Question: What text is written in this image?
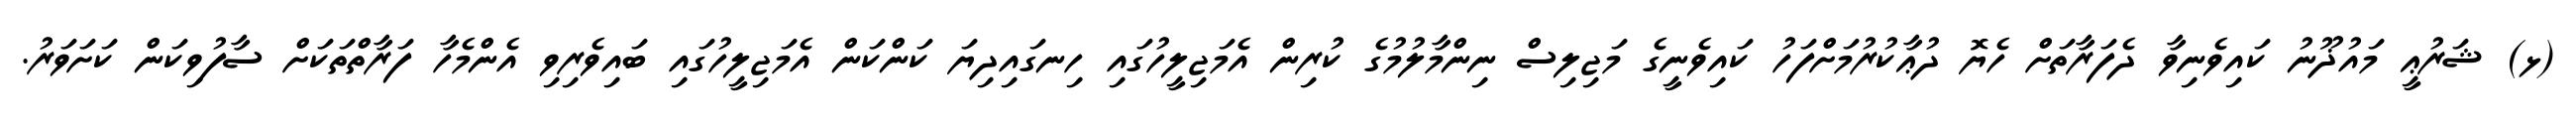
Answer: (ޅ) ޝަރުޢީ މައުޛޫނު ކައިވެނިވާ ދެފަރާތަށް ހެޔޮ ދުޢާކުރުމަށްފަހު ކައިވެނީގެ މަޖިލިސް ނިންމާލުމުގެ ކުރިން އެމަޖިލީހުގައި ހިނގައިދިޔަ ކަންކަން އެމަޖިލީހުގައި ބައިވެރިވި އެންމެހާ ފަރާތްތަކަށް ސާފުވިކަން ކަށަވަރު.